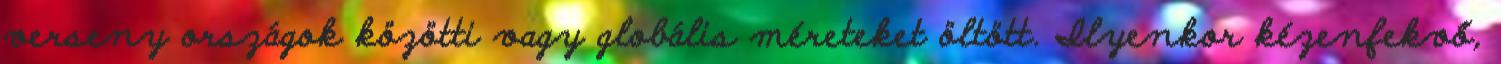
verseny országok közötti vagy globális méreteket öltött. Ilyenkor kézenfekvő,